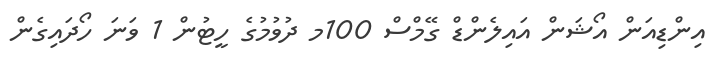
އިންޑިއަން އޯޝަން އައިލެންޑް ގޭމްސް 100މ ދުވުމުގެ ހީޓުން 1 ވަނަ ހޯދައިގެން